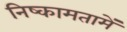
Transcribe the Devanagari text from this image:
निष्कामतामें